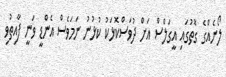
ލޯނެއްގެ ގޮތުގައި އީގަލްސް އަށް ދުވަސްކޮޅަކު ކުޅުނު ނަމަވެސް އެންޑީ ވަނީ ފާއިތުވި